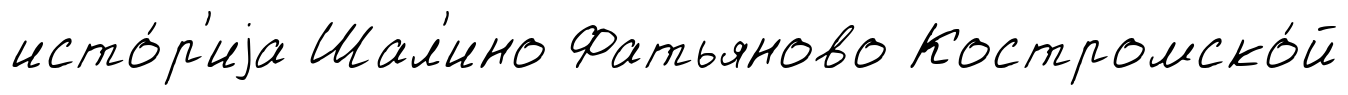
исто́р'иjа Шал'ино Фатьяново Костромско́й